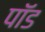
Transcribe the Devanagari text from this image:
पाॅॅड